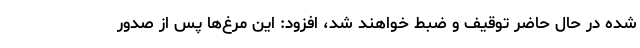
شده در حال حاضر توقیف و ضبط خواهند شد، افزود: این مرغ‌ها پس از صدور